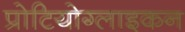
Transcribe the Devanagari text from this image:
प्रोटियोग्लाइकन